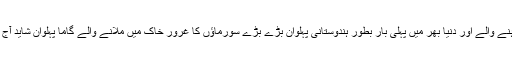
برصغیر میں ناقابل شکست رہنے والے اور دنیا بھر میں پہلی بار بطور ہندوستانی پہلوان بڑے بڑے سورماؤں کا غرور خاک میں ملانے والے گاما پہلوان شاید آج ماضی کا حصہ بن چکے ہیں۔